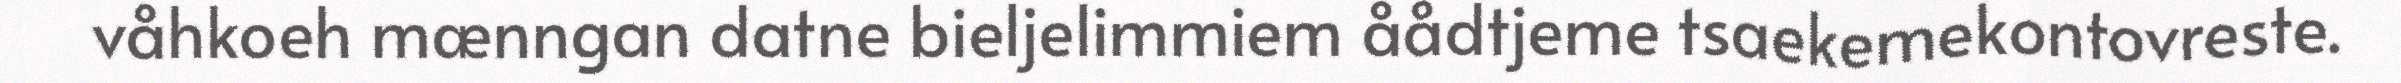
våhkoeh mænngan datne bieljelimmiem åådtjeme tsaekemekontovreste.